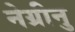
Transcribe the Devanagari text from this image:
नेग्रीनु